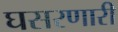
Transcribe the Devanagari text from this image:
घसरणारी